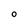
Character: O